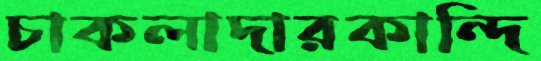
চাকলাদারকান্দি